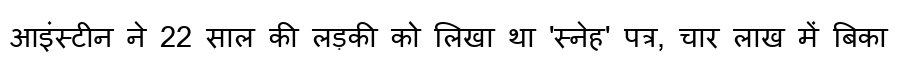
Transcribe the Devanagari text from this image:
आइंस्टीन ने 22 साल की लड़की को लिखा था 'स्नेह' पत्र, चार लाख में बिका